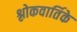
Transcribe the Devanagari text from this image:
श्लोकवार्तिके